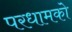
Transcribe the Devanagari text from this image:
परधामको